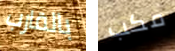
بالقارب مكب